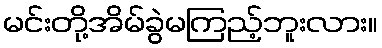
မင်းတို့အိမ်ခွဲမကြည့်ဘူးလား။